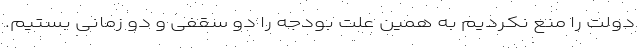
دولت را منع نکردیم به همین علت بودجه را دو سقفی و دو زمانی بستیم.